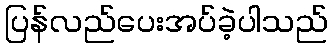
ပြန်လည်ပေးအပ်ခဲ့ပါသည်